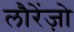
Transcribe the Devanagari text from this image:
लौरेंज़ो